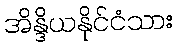
အိန္ဒိယနိုင်ငံသား